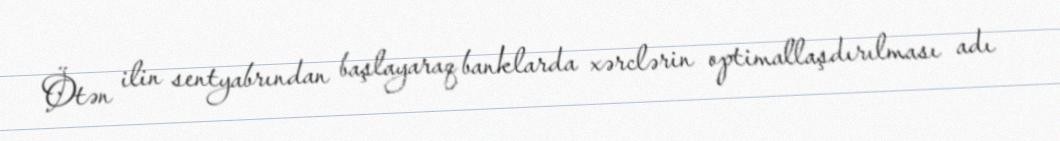
Ötən ilin sentyabrından başlayaraq banklarda xərclərin optimallaşdırılması adı